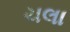
ચલા